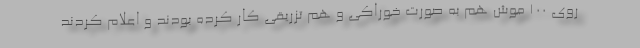
روی ۱۰۰ موش هم به صورت خوراکی و هم تزریقی کار کرده بودند و اعلام کردند